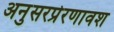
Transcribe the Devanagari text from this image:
अनुसरप्रेरणावश